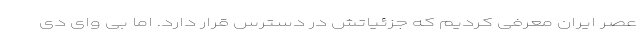
عصر ایران معرفی کردیم که جزئیاتش در دسترس قرار دارد. اما بی وای دی